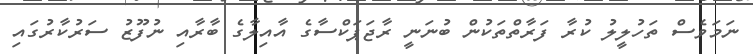
ނަމަވެސް ތަހުލީލު ކުރާ ފަރާތްތަކުން ބުނަނީ ރާޖަޕަކްސާގެ އާއިލާގެ ބާރާއި ނުފޫޒު ސަރުކާރުގައި